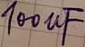
Text: 100µF